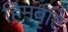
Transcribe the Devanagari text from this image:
हिमवृष्टि